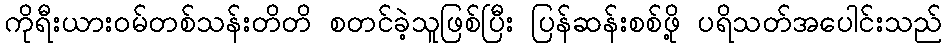
ကိုရီးယားဝမ်တစ်သန်းတိတိ စတင်ခဲ့သူဖြစ်ပြီး ပြန်ဆန်းစစ်ဖို့ ပရိသတ်အပေါင်းသည်